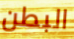
البطن